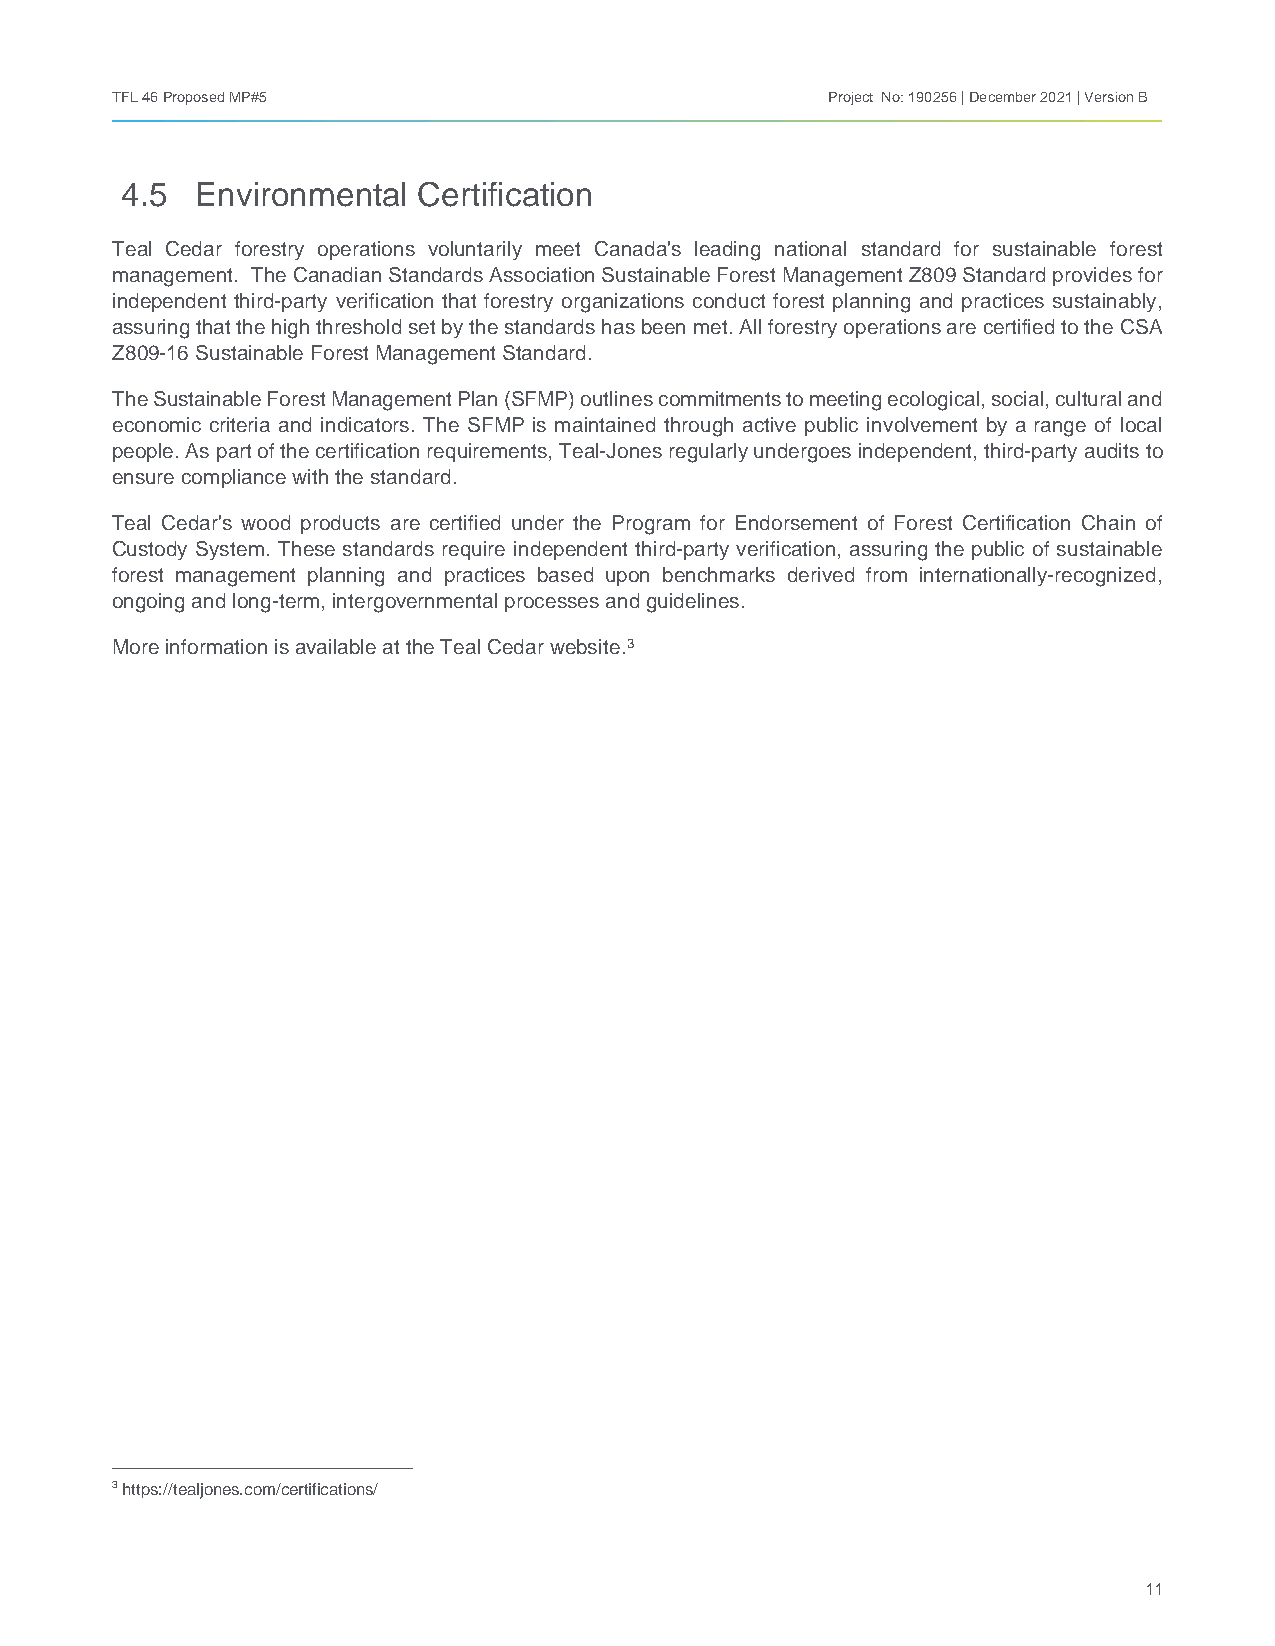
TFL 46 Proposed MP#5                            Project No: 190256 | December 2021 | Version B
 4.5  Environmental  Certification
 Teal Cedar forestry operations voluntarily meet Canada's leading national standard for sustainable forest
 management. The Canadian Standards Association Sustainable Forest Management Z809 Standard provides for
 independent third-party verification that forestry organizations conduct forest planning and practices sustainably,
 assuring that the high threshold set by the standards has been met. All forestry operations are certified to the CSA
 Z809-16 Sustainable Forest Management Standard.
 The Sustainable Forest Management Plan (SFMP) outlines commitments to meeting ecological, social, cultural and
 economic criteria and indicators. The SFMP is maintained through active public involvement by a range of local
 people. As part of the certification requirements, Teal-Jones regularly undergoes independent, third-party audits to
 ensure compliance with the standard.
 Teal Cedar's wood products are certified under the Program for Endorsement of Forest Certification Chain of
 Custody System. These standards require independent third-party verification, assuring the public of sustainable
 forest management planning and practices based upon benchmarks derived from internationally-recognized,
 ongoing and long-term, intergovernmental processes and guidelines.
 More information is available at the Teal Cedar website.3
 3 https://tealjones.com/certifications/
 11